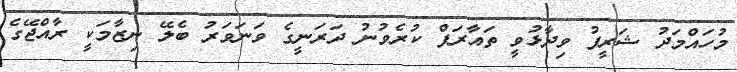
މުހައްމަދު ޝަރީފު ވިދާޅުވީ ތައާރަފް ކުރެވުނު ދަރަނީގެ ވަނަވަރު ބެލޭ ނިޒާމަކީ ރާއްޖޭގެ